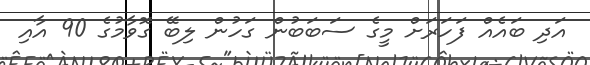
އަދި ބައެއް ފަހަރަށް މީގެ ސަބަބުން ގަހުން ލިބޭ ގޮވާމުގެ 90 އާއި